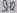
Text: SH2